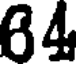
64